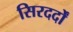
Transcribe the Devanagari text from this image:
सिरदर्दों